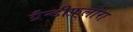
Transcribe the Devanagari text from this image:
ग्रैन्डीफ़्लोरा